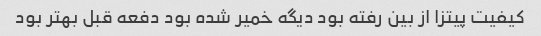
کیفیت پیتزا از بین رفته بود دیگه خمیر شده بود دفعه قبل بهتر بود